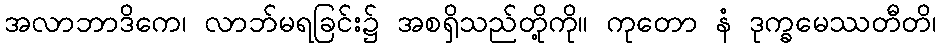
အလာဘာဒိကေ၊ လာဘ်မရခြင်း၌ အစရှိသည်တို့ကို။ ကုတော နံ ဒုက္ခမေဿတီတိ၊